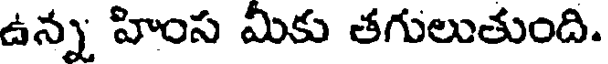
ఉన్న హింస మీకు తగులుతుంది.